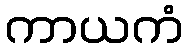
ကာယကံ